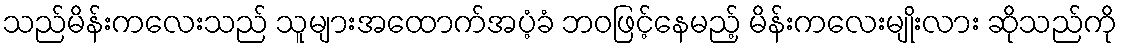
သည်မိန်းကလေးသည် သူများအထောက်အပံ့ခံ ဘဝဖြင့်နေမည့် မိန်းကလေးမျိုးလား ဆိုသည်ကို